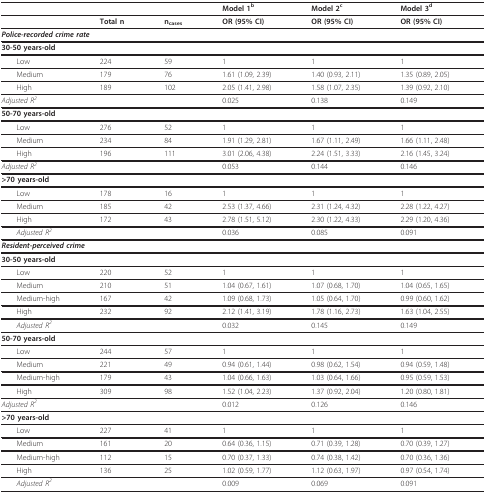
<table><thead><tr><td></td><td></td><td></td><td><b>Model 1<sup>b</sup></b></td><td><b>Model 2<sup>c</sup></b></td><td><b>Model 3<sup>d</sup></b></td></tr></thead><tbody><tr><td></td><td><b>Total n</b></td><td><b>n</b><sub><b>cases</b></sub></td><td><b>OR (95% CI)</b></td><td><b>OR (95% CI)</b></td><td><b>OR (95% CI)</b></td></tr><tr><td colspan="6"><b><i>Police-recorded crime rate</i></b></td></tr><tr><td colspan="6"><b>30-50 years-old</b></td></tr><tr><td> Low</td><td>224</td><td>59</td><td>1</td><td>1</td><td>1</td></tr><tr><td> Medium</td><td>179</td><td>76</td><td>1.61 (1.09, 2.39)</td><td>1.40 (0.93, 2.11)</td><td>1.35 (0.89, 2.05)</td></tr><tr><td> High</td><td>189</td><td>102</td><td>2.05 (1.41, 2.98)</td><td>1.58 (1.07, 2.35)</td><td>1.39 (0.92, 2.10)</td></tr><tr><td><i>Adjusted R</i><sup><i>2</i></sup></td><td></td><td></td><td>0.025</td><td>0.138</td><td>0.149</td></tr><tr><td colspan="6"><b>50-70 years-old</b></td></tr><tr><td> Low</td><td>276</td><td>52</td><td>1</td><td>1</td><td>1</td></tr><tr><td> Medium</td><td>234</td><td>84</td><td>1.91 (1.29, 2.81)</td><td>1.67 (1.11, 2.49)</td><td>1.66 (1.11, 2.48)</td></tr><tr><td> High</td><td>196</td><td>111</td><td>3.01 (2.06, 4.38)</td><td>2.24 (1.51, 3.33)</td><td>2.16 (1.45, 3.24)</td></tr><tr><td><i>Adjusted R</i><sup><i>2</i></sup></td><td></td><td></td><td>0.053</td><td>0.144</td><td>0.146</td></tr><tr><td><b>&gt;70 years-old</b></td><td></td><td></td><td></td><td></td><td></td></tr><tr><td> Low</td><td>178</td><td>16</td><td>1</td><td>1</td><td>1</td></tr><tr><td> Medium</td><td>185</td><td>42</td><td>2.53 (1.37, 4.66)</td><td>2.31 (1.24, 4.32)</td><td>2.28 (1.22, 4.27)</td></tr><tr><td> High</td><td>172</td><td>43</td><td>2.78 (1.51, 5.12)</td><td>2.30 (1.22, 4.33)</td><td>2.29 (1.20, 4.36)</td></tr><tr><td> <i>Adjusted R</i><sup><i>2</i></sup></td><td></td><td></td><td>0.036</td><td>0.085</td><td>0.091</td></tr><tr><td colspan="6"><b><i>Resident-perceived crime</i></b></td></tr><tr><td colspan="6"><b>30-50 years-old</b></td></tr><tr><td> Low</td><td>220</td><td>52</td><td>1</td><td>1</td><td>1</td></tr><tr><td> Medium</td><td>210</td><td>51</td><td>1.04 (0.67, 1.61)</td><td>1.07 (0.68, 1.70)</td><td>1.04 (0.65, 1.65)</td></tr><tr><td> Medium-high</td><td>167</td><td>42</td><td>1.09 (0.68, 1.73)</td><td>1.05 (0.64, 1.70)</td><td>0.99 (0.60, 1.62)</td></tr><tr><td> High</td><td>232</td><td>92</td><td>2.12 (1.41, 3.19)</td><td>1.78 (1.16, 2.73)</td><td>1.63 (1.04, 2.55)</td></tr><tr><td> <i>Adjusted R</i><sup><i>2</i></sup></td><td></td><td></td><td>0.032</td><td>0.145</td><td>0.149</td></tr><tr><td colspan="6"><b>50-70 years-old</b></td></tr><tr><td> Low</td><td>244</td><td>57</td><td>1</td><td>1</td><td>1</td></tr><tr><td> Medium</td><td>221</td><td>49</td><td>0.94 (0.61, 1.44)</td><td>0.98 (0.62, 1.54)</td><td>0.94 (0.59, 1.48)</td></tr><tr><td> Medium-high</td><td>179</td><td>43</td><td>1.04 (0.66, 1.63)</td><td>1.03 (0.64, 1.66)</td><td>0.95 (0.59, 1.53)</td></tr><tr><td> High</td><td>309</td><td>98</td><td>1.52 (1.04, 2.23)</td><td>1.37 (0.92, 2.04)</td><td>1.20 (0.80, 1.81)</td></tr><tr><td><i>Adjusted R</i><sup><i>2</i></sup></td><td></td><td></td><td>0.012</td><td>0.126</td><td>0.146</td></tr><tr><td colspan="6"><b>&gt;70 years-old</b></td></tr><tr><td> Low</td><td>227</td><td>41</td><td>1</td><td>1</td><td>1</td></tr><tr><td> Medium</td><td>161</td><td>20</td><td>0.64 (0.36, 1.15)</td><td>0.71 (0.39, 1.28)</td><td>0.70 (0.39, 1.27)</td></tr><tr><td> Medium-high</td><td>112</td><td>15</td><td>0.70 (0.37, 1.33)</td><td>0.74 (0.38, 1.42)</td><td>0.70 (0.36, 1.36)</td></tr><tr><td> High</td><td>136</td><td>25</td><td>1.02 (0.59, 1.77)</td><td>1.12 (0.63, 1.97)</td><td>0.97 (0.54, 1.74)</td></tr><tr><td> <i>Adjusted R</i><sup><i>2</i></sup></td><td></td><td></td><td>0.009</td><td>0.069</td><td>0.091</td></tr></tbody></table>